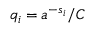
q _ { i } = a ^ { - s _ { i } } / C